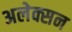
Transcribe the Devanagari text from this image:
अलेक्सन